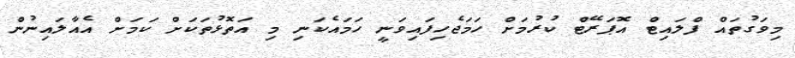
މިވަގުތައް ފްލައިޓް އޮޕަރޭޓް ކުރުމަށް ހަމަޖެހިފައިވަނީ ހަމައެކަނި މި އަތޮޅުތަކަށް ކަމަށް އެއާލައިނުން